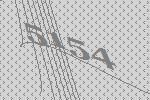
5154